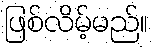
ဖြစ်လိမ့်မည်။